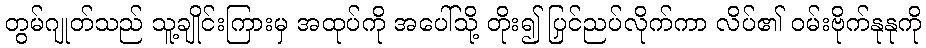
တွမ်ဂျုတ်သည် သူ့ချိုင်းကြားမှ အထုပ်ကို အပေါ်သို့ တိုး၍ ပြင်ညှပ်လိုက်ကာ လိပ်၏ ဝမ်းဗိုက်နုနုကို